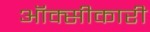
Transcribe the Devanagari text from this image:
ऑक्सीकारी